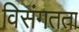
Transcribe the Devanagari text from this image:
विसंगतता